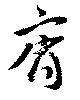
斉